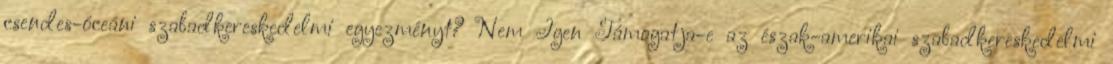
csendes-óceáni szabadkereskedelmi egyezményt? Nem Igen Támogatja-e az észak-amerikai szabadkereskedelmi